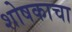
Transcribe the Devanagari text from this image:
शोषकाचा